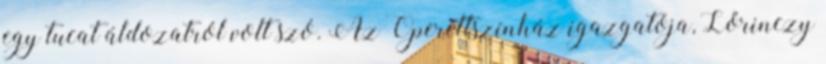
egy tucat áldozatról volt szó. Az Operettszínház igazgatója, Lőrinczy